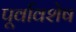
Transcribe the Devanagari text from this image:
पूर्वावशेष